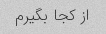
از کجا بگیرم